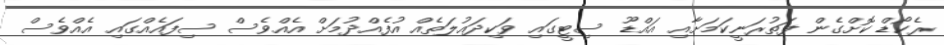
ރެކޯޑް ކޮށްގެން ފަތުރަނީކަމަށާއި އައްޑޫ ސިޓީގައި ވަކިދައުލަތެއް އުފެއްދުމަށް އެއްވެސް ސިފައެއްގައި އެއްވެސް